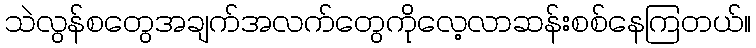
သဲလွန်စတွေအချက်အလက်တွေကိုလေ့လာဆန်းစစ်နေကြတယ်။